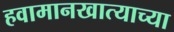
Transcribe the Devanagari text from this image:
हवामानखात्याच्या